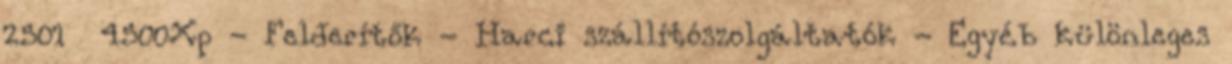
2501 4500Xp - Felderítők - Harci szállítószolgáltatók - Egyéb különleges